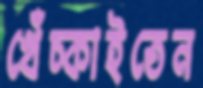
খেঁচ্‌কাইতেন